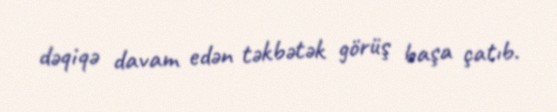
dəqiqə davam edən təkbətək görüş başa çatıb.